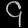
Digit: ၄